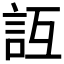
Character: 𧥮